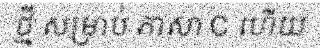
ថ្មី សម្រាប់ ភាសា C ហើយ